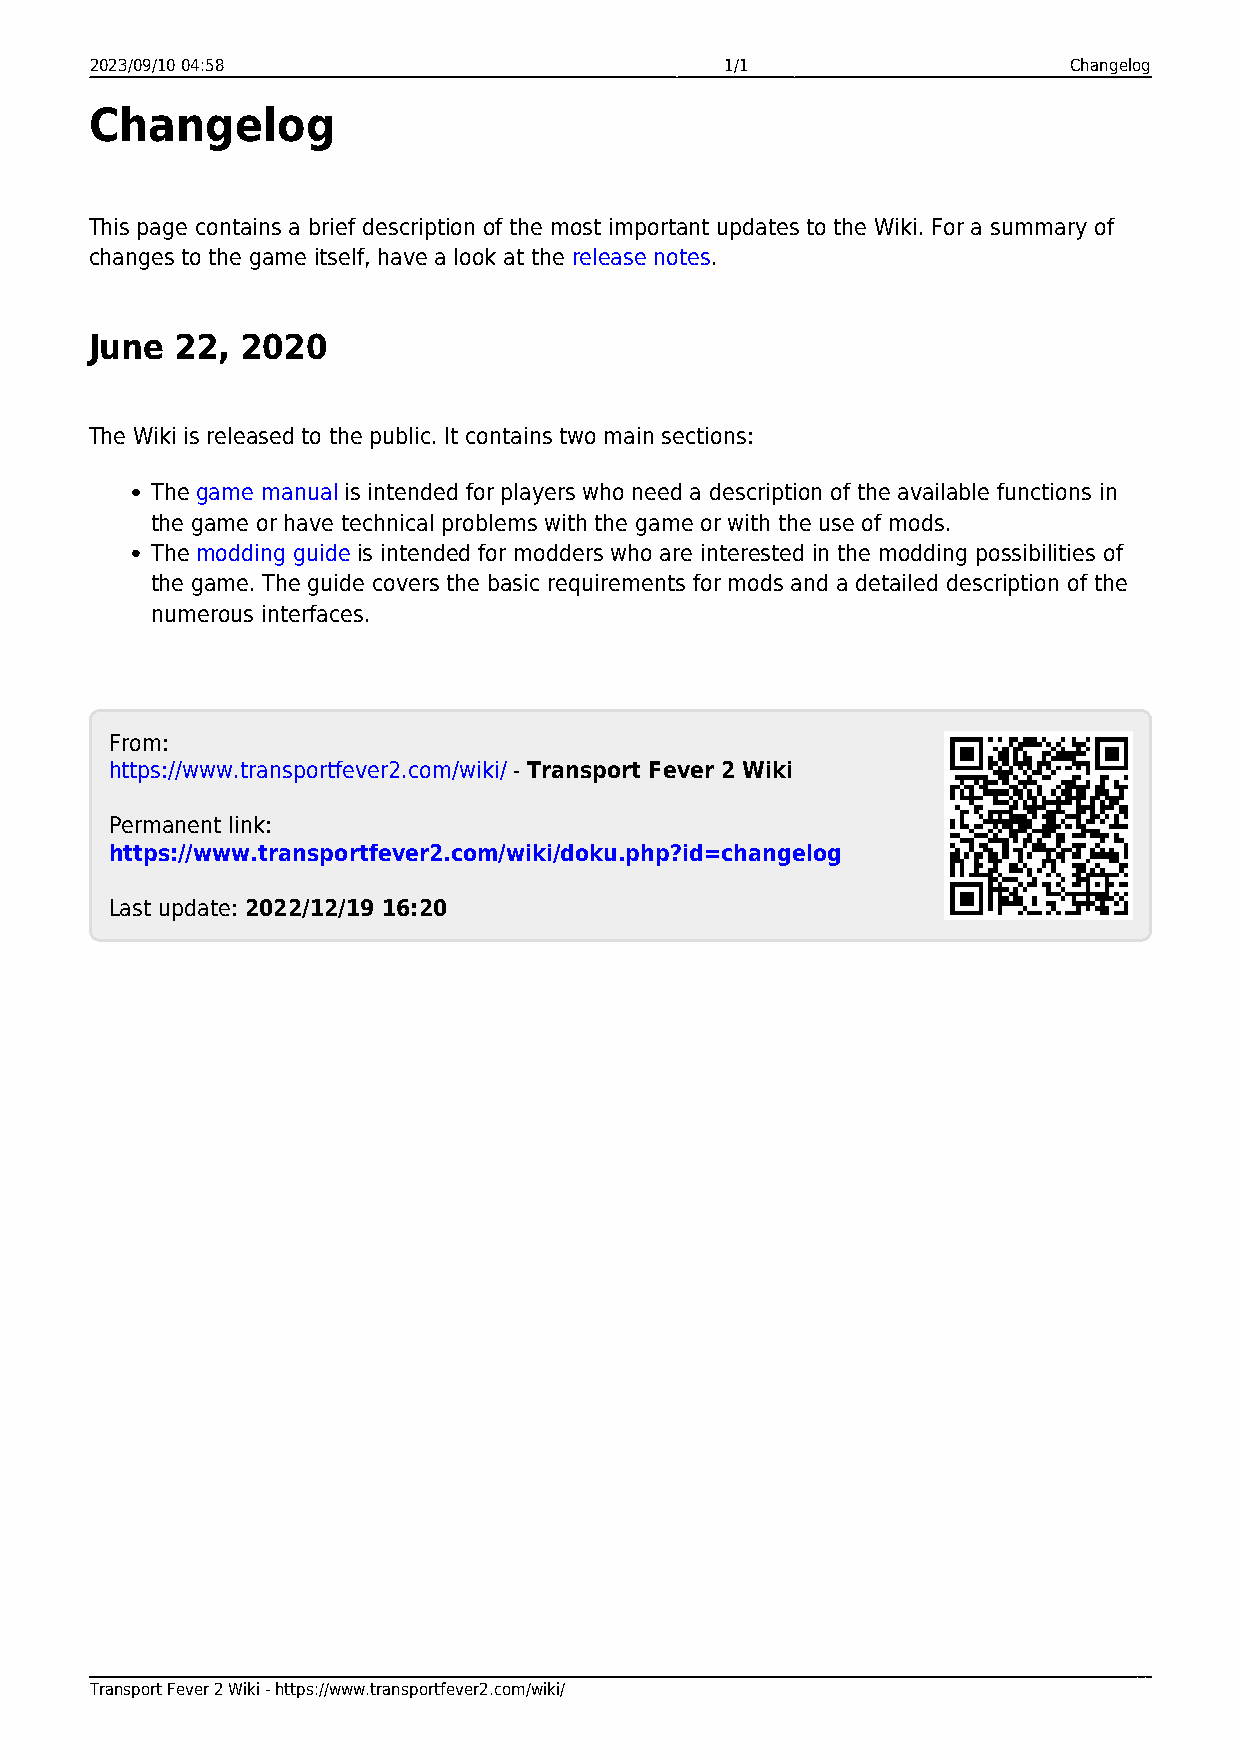
2023/09/10 04:58                          1/1                    Changelog
 Changelog
 This page contains a brief description of the most important updates to the Wiki. For a summary of
 changes to the game itself, have a look at the release notes.
 June  22, 2020
 The Wiki is released to the public. It contains two main sections:
 The game manual is intended for players who need a description of the available functions in
 the game or have technical problems with the game or with the use of mods.
 The modding guide is intended for modders who are interested in the modding possibilities of
 the game. The guide covers the basic requirements for mods and a detailed description of the
 numerous interfaces.
 From:
 https://www.transportfever2.com/wiki/ - Transport Fever 2 Wiki
 Permanent link:
 https://www.transportfever2.com/wiki/doku.php?id=changelog
 Last update: 2022/12/19 16:20
 Transport Fever 2 Wiki - https://www.transportfever2.com/wiki/